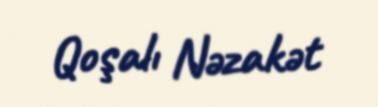
Qoşalı Nəzakət